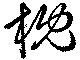
枕